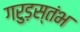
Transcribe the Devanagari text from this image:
गरुड़स्तंभ